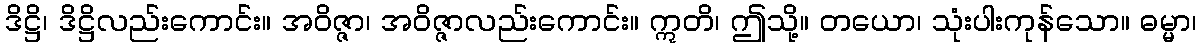
ဒိဋ္ဌိ၊ ဒိဋ္ဌိလည်းကောင်း။ အဝိဇ္ဇာ၊ အဝိဇ္ဇာလည်းကောင်း။ ဣတိ၊ ဤသို့။ တယော၊ သုံးပါးကုန်သော။ ဓမ္မာ၊